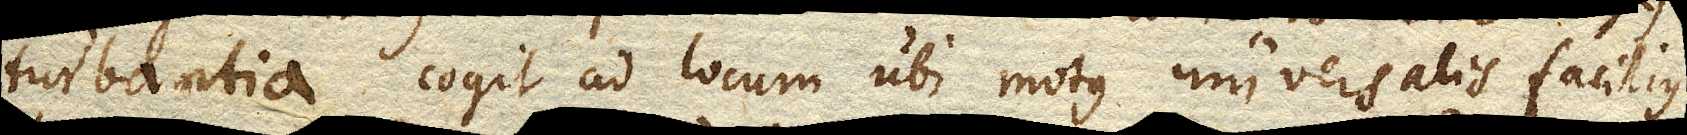
turbantia cogit ad locum ubi motus universalis facilius